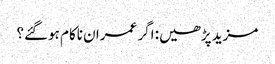
مزید پڑھیں: اگر عمران ناکام ہوگئے؟